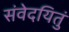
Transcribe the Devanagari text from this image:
संवेदयितुं